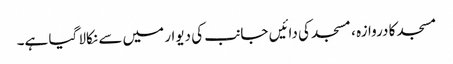
مسجد کا دروازہ ، مسجد کی دائیں جانب کی دیوار میں سے نکالا گیا ہے۔